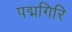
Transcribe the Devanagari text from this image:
पद्मगिरि